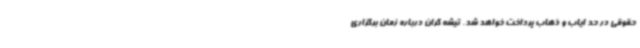
حقوقی در حد ایاب و ذهاب پرداخت خواهد شد. تیشه گران درباره زمان برگزاری